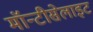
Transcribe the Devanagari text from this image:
मॉन्टीसेलाइट